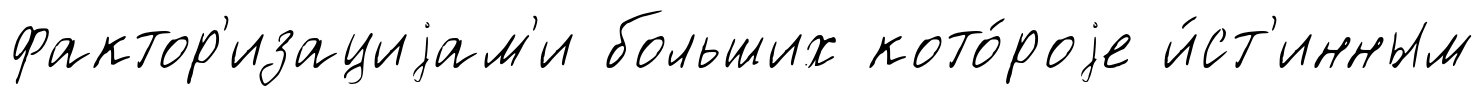
фактор'изациjам'и больших кото́роjе и́ст'инным